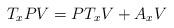
LaTeX: \begin{align*}T_xPV = PT_xV + A_xV\end{align*}